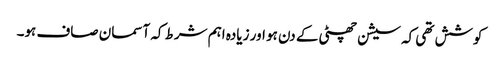
کوشش تھی کہ سیشن چھٹی کے دن ہو اور زیادہ اہم شرط کہ آسمان صاف ہو۔